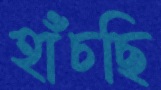
হাঁচছি